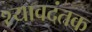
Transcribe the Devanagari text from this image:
श्यावदंतक